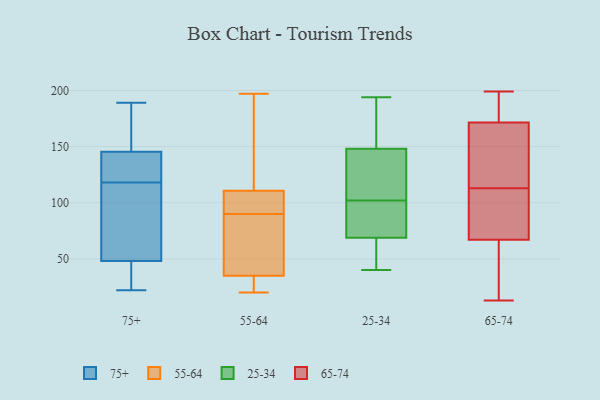
{"axis": {"x": "Latency (ms)", "y": "Value"}, "legend": ["25-34", "55-64", "65-74", "75+"], "data": [{"x": "", "y": 143, "type": "75+"}, {"x": "", "y": 109, "type": "75+"}, {"x": "", "y": 43, "type": "75+"}, {"x": "", "y": 137, "type": "75+"}, {"x": "", "y": 42, "type": "75+"}, {"x": "", "y": 38, "type": "75+"}, {"x": "", "y": 144, "type": "75+"}, {"x": "", "y": 53, "type": "75+"}, {"x": "", "y": 177, "type": "75+"}, {"x": "", "y": 189, "type": "75+"}, {"x": "", "y": 32, "type": "75+"}, {"x": "", "y": 160, "type": "75+"}, {"x": "", "y": 147, "type": "75+"}, {"x": "", "y": 184, "type": "75+"}, {"x": "", "y": 127, "type": "75+"}, {"x": "", "y": 87, "type": "75+"}, {"x": "", "y": 22, "type": "75+"}, {"x": "", "y": 53, "type": "75+"}, {"x": "", "y": 132, "type": "75+"}, {"x": "", "y": 105, "type": "75+"}, {"x": "", "y": 20, "type": "55-64"}, {"x": "", "y": 115, "type": "55-64"}, {"x": "", "y": 91, "type": "55-64"}, {"x": "", "y": 64, "type": "55-64"}, {"x": "", "y": 90, "type": "55-64"}, {"x": "", "y": 197, "type": "55-64"}, {"x": "", "y": 31, "type": "55-64"}, {"x": "", "y": 47, "type": "55-64"}, {"x": "", "y": 98, "type": "55-64"}, {"x": "", "y": 26, "type": "55-64"}, {"x": "", "y": 157, "type": "55-64"}, {"x": "", "y": 70, "type": "25-34"}, {"x": "", "y": 193, "type": "25-34"}, {"x": "", "y": 101, "type": "25-34"}, {"x": "", "y": 103, "type": "25-34"}, {"x": "", "y": 80, "type": "25-34"}, {"x": "", "y": 40, "type": "25-34"}, {"x": "", "y": 129, "type": "25-34"}, {"x": "", "y": 55, "type": "25-34"}, {"x": "", "y": 160, "type": "25-34"}, {"x": "", "y": 194, "type": "25-34"}, {"x": "", "y": 144, "type": "25-34"}, {"x": "", "y": 102, "type": "25-34"}, {"x": "", "y": 65, "type": "25-34"}, {"x": "", "y": 72, "type": "65-74"}, {"x": "", "y": 39, "type": "65-74"}, {"x": "", "y": 165, "type": "65-74"}, {"x": "", "y": 13, "type": "65-74"}, {"x": "", "y": 170, "type": "65-74"}, {"x": "", "y": 62, "type": "65-74"}, {"x": "", "y": 190, "type": "65-74"}, {"x": "", "y": 75, "type": "65-74"}, {"x": "", "y": 88, "type": "65-74"}, {"x": "", "y": 98, "type": "65-74"}, {"x": "", "y": 199, "type": "65-74"}, {"x": "", "y": 128, "type": "65-74"}, {"x": "", "y": 82, "type": "65-74"}, {"x": "", "y": 54, "type": "65-74"}, {"x": "", "y": 58, "type": "65-74"}, {"x": "", "y": 187, "type": "65-74"}, {"x": "", "y": 173, "type": "65-74"}, {"x": "", "y": 139, "type": "65-74"}, {"x": "", "y": 183, "type": "65-74"}, {"x": "", "y": 151, "type": "65-74"}]}